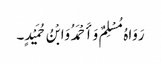
رَوَاہُ مُسْلِمٌ وَأَحْمَدُ وَابْنُ حُمَیْدٍ۔